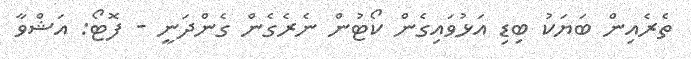
ތެރެއިން ބަޔަކު ބިޑި އަޅުވައިގެން ކޯޓުން ނެރެގެން ގެންދަނީ - ފޮޓޯ: އަޝްވާ